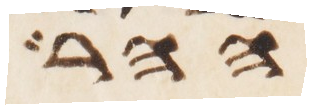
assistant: ההר